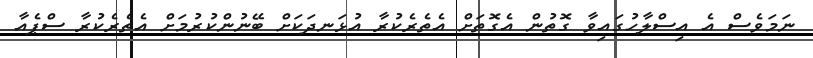
ނަމަވެސް އެ އިސްލާހުގައިވާ ގޮތުން އެގޮތަށް އެތެރެކުރާ އުޅަނދަކަށް ބޭނުންކުރުމަށް އެތެރެކުރާ ސްޕެއާ